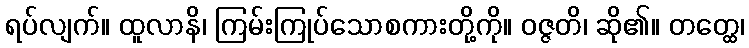
ရပ်လျက်။ ထူလာနိ၊ ကြမ်းကြုပ်သောစကားတို့ကို။ ဝဇ္ဇတိ၊ ဆို၏။ တတ္ထေ၊